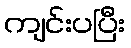
ကျင်းပပြီး